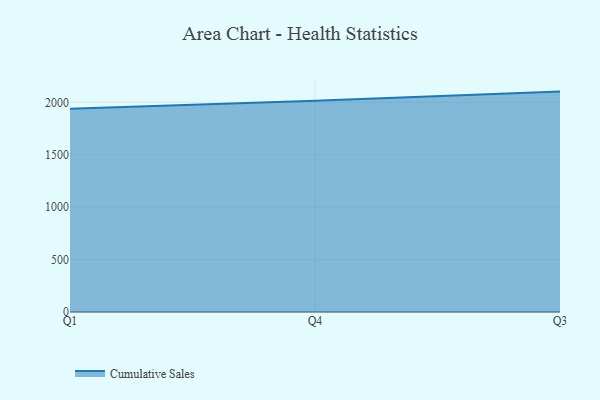
{"axis": {"x": "Quarter", "y": "Tickets Resolved"}, "legend": ["Cumulative Sales"], "data": [{"x": "Q1", "y": 1937.8, "type": "Cumulative Sales"}, {"x": "Q4", "y": 2014.6, "type": "Cumulative Sales"}, {"x": "Q3", "y": 2102.5, "type": "Cumulative Sales"}]}